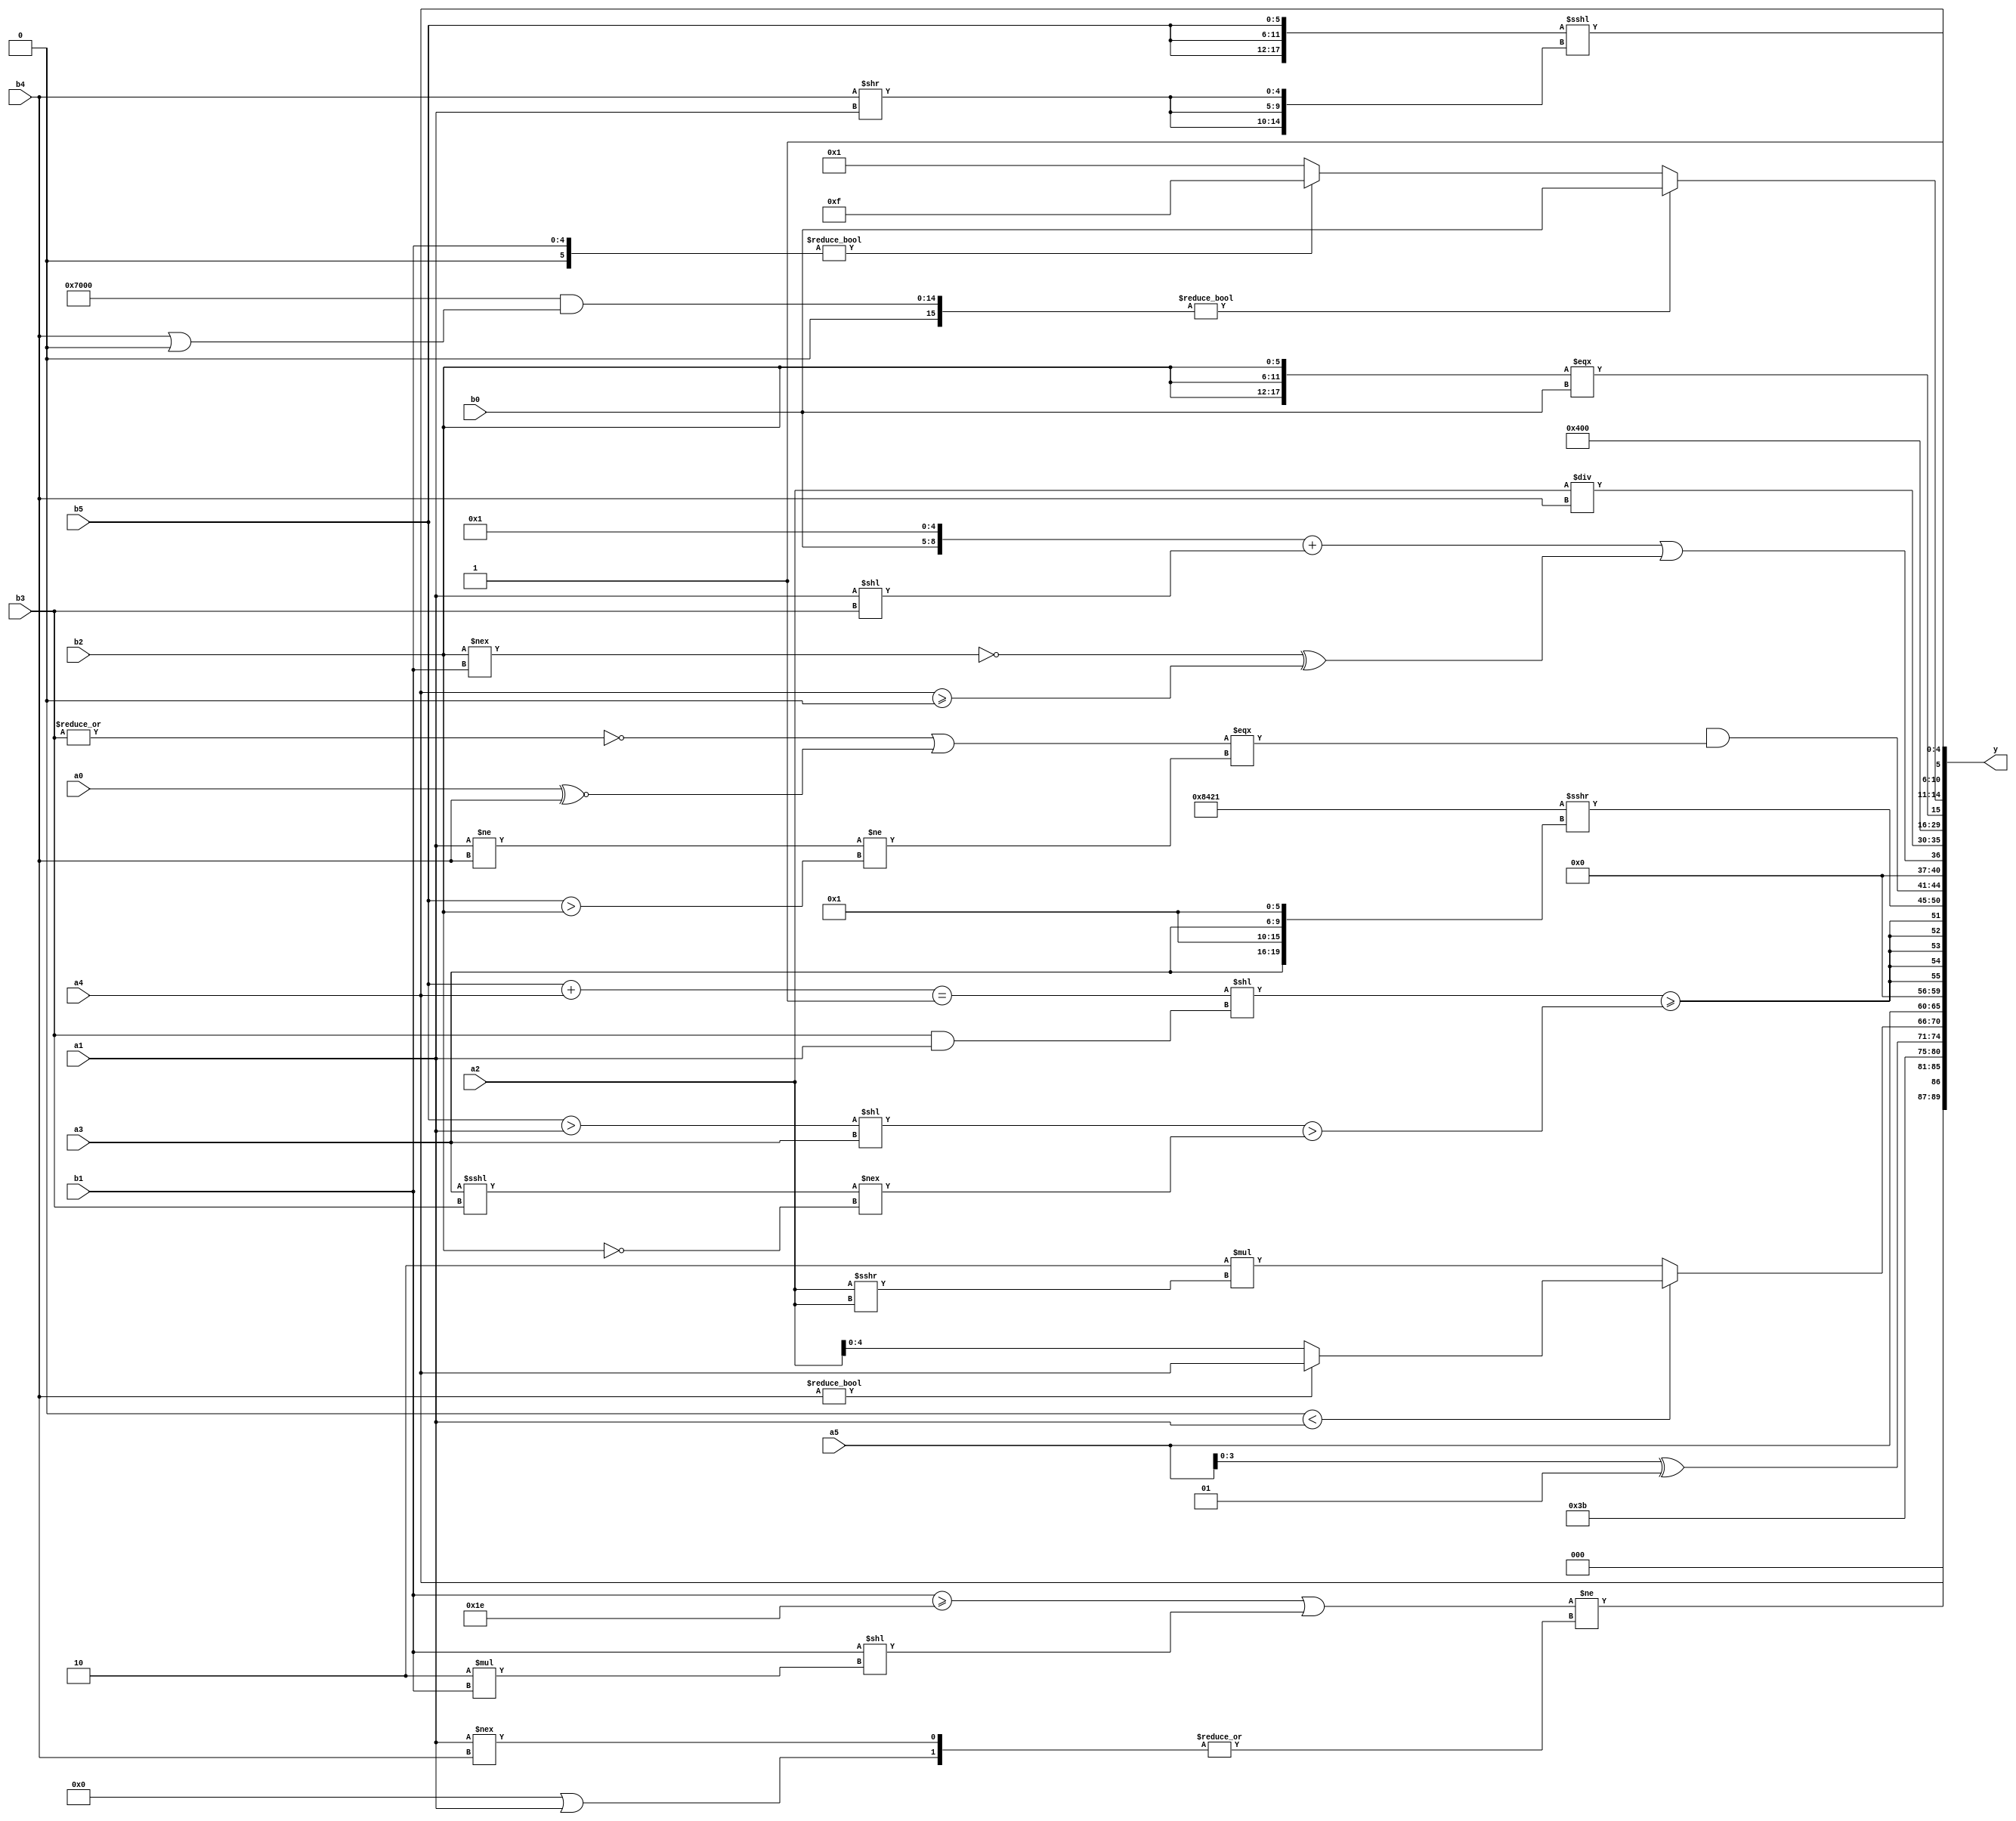
module expression_00447(a0, a1, a2, a3, a4, a5, b0, b1, b2, b3, b4, b5, y);
  input [3:0] a0;
  input [4:0] a1;
  input [5:0] a2;
  input signed [3:0] a3;
  input signed [4:0] a4;
  input signed [5:0] a5;

  input [3:0] b0;
  input [4:0] b1;
  input [5:0] b2;
  input signed [3:0] b3;
  input signed [4:0] b4;
  input signed [5:0] b5;

  wire [3:0] y0;
  wire [4:0] y1;
  wire [5:0] y2;
  wire signed [3:0] y3;
  wire signed [4:0] y4;
  wire signed [5:0] y5;
  wire [3:0] y6;
  wire [4:0] y7;
  wire [5:0] y8;
  wire signed [3:0] y9;
  wire signed [4:0] y10;
  wire signed [5:0] y11;
  wire [3:0] y12;
  wire [4:0] y13;
  wire [5:0] y14;
  wire signed [3:0] y15;
  wire signed [4:0] y16;
  wire signed [5:0] y17;

  output [89:0] y;
  assign y = {y0,y1,y2,y3,y4,y5,y6,y7,y8,y9,y10,y11,y12,y13,y14,y15,y16,y17};

  localparam [3:0] p0 = (-(((+{(4'd6),(4'd13)})<=((4'd14)?(-5'sd4):(2'sd0)))^{((^{(4'sd6),(5'd27)})&(~|{(4'sd6)}))}));
  localparam [4:0] p1 = (+(-3'sd2));
  localparam [5:0] p2 = ((~&{((5'd20)<(-2'sd1)),((2'sd0)?(-4'sd4):(4'd1)),((3'sd0)&&(-3'sd0))})!=(~(!{(~&(4'd1)),((4'd0)<(3'sd3))})));
  localparam signed [3:0] p3 = (5'd19);
  localparam signed [4:0] p4 = ((3'sd1)&(!((6'd2 * (2'd0))&&(+(3'd3)))));
  localparam signed [5:0] p5 = ((+(4'd3))?((3'd4)?(3'd0):(-4'sd0)):((4'd5)?(5'd2):(-2'sd1)));
  localparam [3:0] p6 = (((5'd25)?(3'd4):(3'd7))?((2'd1)?(2'd0):(2'd0)):((3'd4)>>(-3'sd0)));
  localparam [4:0] p7 = ({2{((4'd7)<=(3'd3))}}&({1{(5'sd8)}}&{2{(5'sd7)}}));
  localparam [5:0] p8 = (((5'd24)!=(2'd0))/(5'sd13));
  localparam signed [3:0] p9 = ({({(-5'sd11),(3'd3)}<(!(3'sd2)))}?(((3'd3)?(-2'sd0):(2'sd1))!=={(2'd0),(4'd5),(-3'sd1)}):{1{((3'd7)?(-4'sd2):(3'd5))}});
  localparam signed [4:0] p10 = ((5'd9)&&(-3'sd3));
  localparam signed [5:0] p11 = (|((-3'sd0)?((-2'sd0)===(5'sd9)):((-4'sd0)>>>(4'd0))));
  localparam [3:0] p12 = (5'sd7);
  localparam [4:0] p13 = (5'd13);
  localparam [5:0] p14 = (~|{(~^{(~|{(3'd6)}),((-5'sd1)>=(-5'sd14))})});
  localparam signed [3:0] p15 = {(&((^((5'd12)&&(4'd0)))?(3'sd0):((3'sd3)?(3'd4):(-2'sd0))))};
  localparam signed [4:0] p16 = {((~&(2'sd1))==(-(-3'sd2))),{(4'd2 * ((5'd2)<=(2'd1)))},{{(4'd7),(2'd0)},((2'd3)|(3'd4)),{(3'd1),(-3'sd3)}}};
  localparam signed [5:0] p17 = ((-2'sd0)!=(4'sd6));

  assign y0 = (($unsigned($unsigned((b1>=p1)))||((+b1)<<(4'd2 * b1)))!=$unsigned((~^(~|{(^(p8||a1)),(a1!==b4)}))));
  assign y1 = {(p5<<a2),$unsigned(a4)};
  assign y2 = (-4'sd5);
  assign y3 = (a5^p10);
  assign y4 = (((b3==b3)!=(p2<a1))?(5'd2 * (a2>>>a2)):(b4?a4:a2));
  assign y5 = {p1,p3,a5};
  assign y6 = ((5'd15)>=((p0?p4:p0)?(p14+p0):(p12?p7:p4)));
  assign y7 = $signed(((((b5+a4)==(~p11))<<(+(&(b3&&a1))))>=(((b5>a1)<<$unsigned(a3))>((a3<<<b3)!==(~b2)))));
  assign y8 = (({4{p4}}>>>{2{{a3,p14}}}));
  assign y9 = (((a4!==a4)/p8)&(((~|b3)||(a0^~b4))===((a1!=b4)!=(b5>b2))));
  assign y10 = (({b0,p4}+(a1<<b3))||((~(b2!==b1))^(a4>=p7)));
  assign y11 = (a2/b4);
  assign y12 = ((2'd3)?(^(~|(-2'sd0))):(~^(-3'sd0)));
  assign y13 = (~|{2{(~(+(!(~^{4{p9}}))))}});
  assign y14 = {(&{2{$unsigned(p17)}}),((p7+p4)>={4{p17}}),({3{b2}}===$unsigned((b0)))};
  assign y15 = (({p12,p11,p11}&(b4|p6))?({3{p14}}?{b0}:{2{p16}}):((p9?b1:p17)?(p6|p0):{1{p10}}));
  assign y16 = ({3{{1{b5}}}}<<<{{3{(b4>>a1)}}});
  assign y17 = {4{(+{b3,p4,a4})}};
endmodule